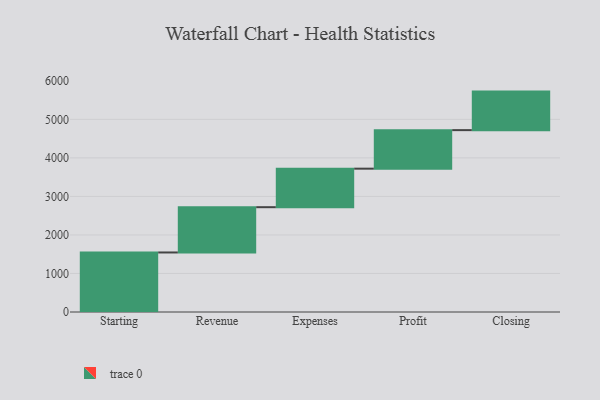
{"axis": {"x": "Step", "y": "Value"}, "legend": [""], "data": [{"x": "Starting", "y": 1545.0, "type": ""}, {"x": "Revenue", "y": 1175.0, "type": ""}, {"x": "Expenses", "y": 1000, "type": ""}, {"x": "Profit", "y": 1000, "type": ""}, {"x": "Closing", "y": 1000, "type": ""}]}